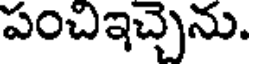
పంచిఇచ్చెను.